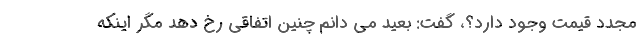
مجدد قیمت وجود دارد؟، گفت: بعید می دانم چنین اتفاقی رخ دهد مگر اینکه